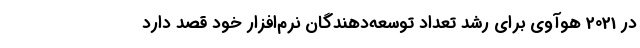
در 2021 هوآوی برای رشد تعداد توسعه‌دهندگان نرم‌افزار خود قصد دارد